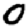
Digit: 0